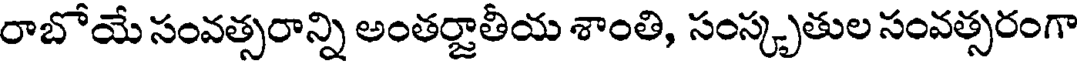
రాబోయే సంవత్సరాన్ని అంతర్జాతీయ శాంతి, సంస్కృతుల సంవత్సరంగా